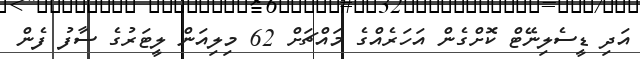
އަދި ޑީސެލިނޭޓް ކޮށްގެން އަހަރެއްގެ މައްޗަށް 62 މިލިއަން ލީޓަރުގެ ސާފު ފެން